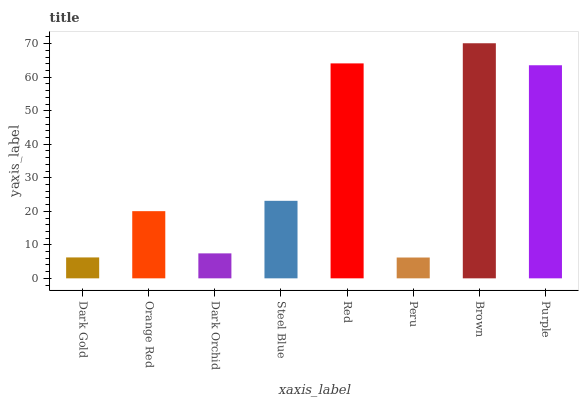
| xaxis_label | bars |
 | --- | --- |
 | Dark Gold | 6.24 |
 | Orange Red | 20 |
 | Dark Orchid | 7.45 |
 | Steel Blue | 23.1 |
 | Red | 64.1 |
 | Peru | 6.21 |
 | Brown | 70.1 |
 | Purple | 63.6 |